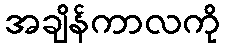
အချိန်ကာလကို